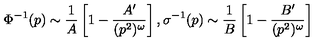
\Phi ^ { - 1 } ( p ) \sim \frac { 1 } { A } \left[ 1 - \frac { A ^ { \prime } } { ( p ^ { 2 } ) ^ { \omega } } \right] , \sigma ^ { - 1 } ( p ) \sim \frac { 1 } { B } \left[ 1 - \frac { B ^ { \prime } } { ( p ^ { 2 } ) ^ { \omega } } \right]